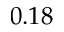
0 . 1 8